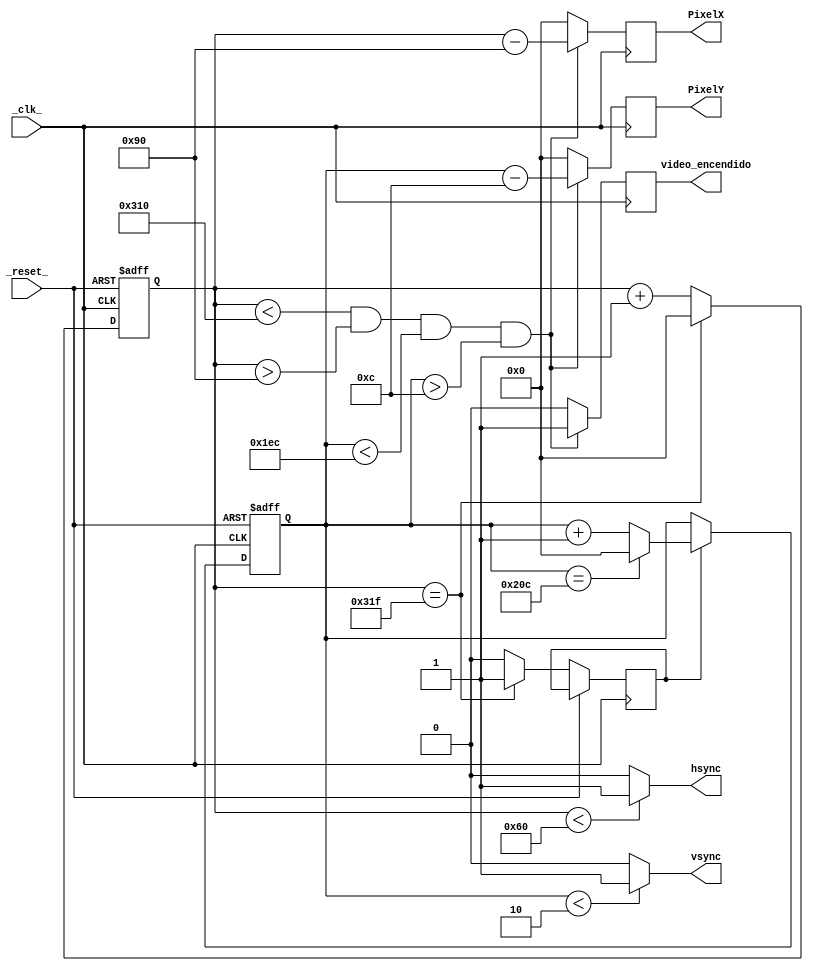
module VGA_Controlador(
input wire _clk_,
input wire _reset_,
output reg hsync,
output reg vsync,
output reg [10:0] PixelX,
output reg [10:0] PixelY,
output reg video_encendido
    );


parameter TotalHorizontalPixels = 11'd800;
parameter HorizontalSyncWidth = 11'd96;
parameter VerticalSyncWidth = 11'd2;

parameter TotalVerticalLines = 11'd525;
parameter HorizontalBackPorchTime = 11'd144 ;
parameter HorizontalFrontPorchTime = 11'd784 ;
parameter VerticalBackPorchTime = 11'd12 ;
parameter VerticalFrontPorchTime = 11'd492;

reg VerticalSyncEnable;

reg [10:0] HorizontalCounter;
reg [10:0] VerticalCounter;

//Counter for the horizontal sync signal
always @(posedge _clk_ or posedge _reset_)
begin
	if(_reset_ == 1)
		HorizontalCounter <= 0;
	else
		begin
			if(HorizontalCounter == TotalHorizontalPixels - 1)
				begin //the counter has hreached the end of a horizontal line
					HorizontalCounter<=0;
					VerticalSyncEnable <= 1;
				end
			else
				begin 
					HorizontalCounter<=HorizontalCounter+1; 
					VerticalSyncEnable <=0;
				end
		end
end

//Generate the hsync pulse
//Horizontal Sync is low when HorizontalCounter is 0-127

always @(*)
begin
	if((HorizontalCounter<HorizontalSyncWidth))
		hsync = 1;
	else
		hsync = 0;
end

//Counter for the vertical sync

always @(posedge _clk_ or posedge _reset_)
begin
	if(_reset_ == 1)
		VerticalCounter<=0;
	else
	begin
		if(VerticalSyncEnable == 1)
			begin
				if(VerticalCounter==TotalVerticalLines-1)
					VerticalCounter<=0;
				else
					VerticalCounter<=VerticalCounter+1;
			end
	end
end

//generate the vsync pulse
always @(*)
begin
	if(VerticalCounter < VerticalSyncWidth)
		vsync = 1;
	else
		vsync = 0;
end

always @(posedge _clk_)
begin
	if((HorizontalCounter<HorizontalFrontPorchTime) && (HorizontalCounter>HorizontalBackPorchTime) && (VerticalCounter<VerticalFrontPorchTime) && (VerticalCounter>VerticalBackPorchTime))
		begin
			video_encendido <= 1;
			PixelX<= HorizontalCounter - HorizontalBackPorchTime;
			PixelY<= VerticalCounter - VerticalBackPorchTime;
		end
	else
		begin
			video_encendido <= 0;
			PixelX<=0;
			PixelY<=0;
		end
end

endmodule